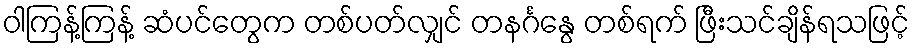
ဝါကြန့်ကြန့် ဆံပင်တွေက တစ်ပတ်လျှင် တနင်္ဂနွေ တစ်ရက် ဖြီးသင်ချိန်ရသဖြင့်